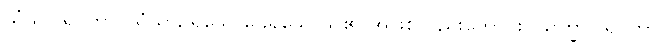
သံဃဂါရဝတာ၊ သံဃာ၌ရိုသေခြင်းရှိသောသူ၏ အဖြစ်လည်းကောင်း။ သိက္ခာဂါရဝတာ၊